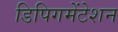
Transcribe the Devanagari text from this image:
डिपिगमेंटेशन